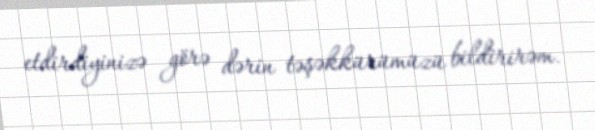
etdirdiyinizə görə dərin təşəkkürümüzü bildirirəm.